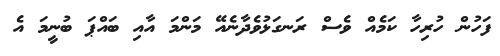
ފަހުން ހުރިހާ ކަމެއް ވެސް ރަނގަޅުވެދާނެއޭ މަންމަ އާއި ބައްޕަ ބުނީމަ އެ